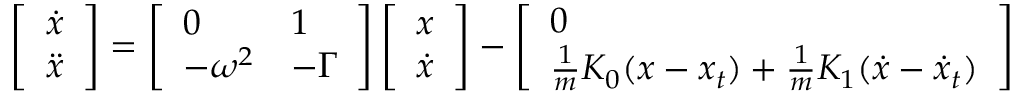
\left[ \begin{array} { l } { \dot { x } } \\ { \ddot { x } } \end{array} \right] = \left[ \begin{array} { l l } { 0 } & { 1 } \\ { - \omega ^ { 2 } } & { - \Gamma } \end{array} \right] \left[ \begin{array} { l } { x } \\ { \dot { x } } \end{array} \right] - \left[ \begin{array} { l } { 0 } \\ { \frac { 1 } { m } K _ { 0 } ( x - x _ { t } ) + \frac { 1 } { m } K _ { 1 } ( \dot { x } - \dot { x } _ { t } ) } \end{array} \right]